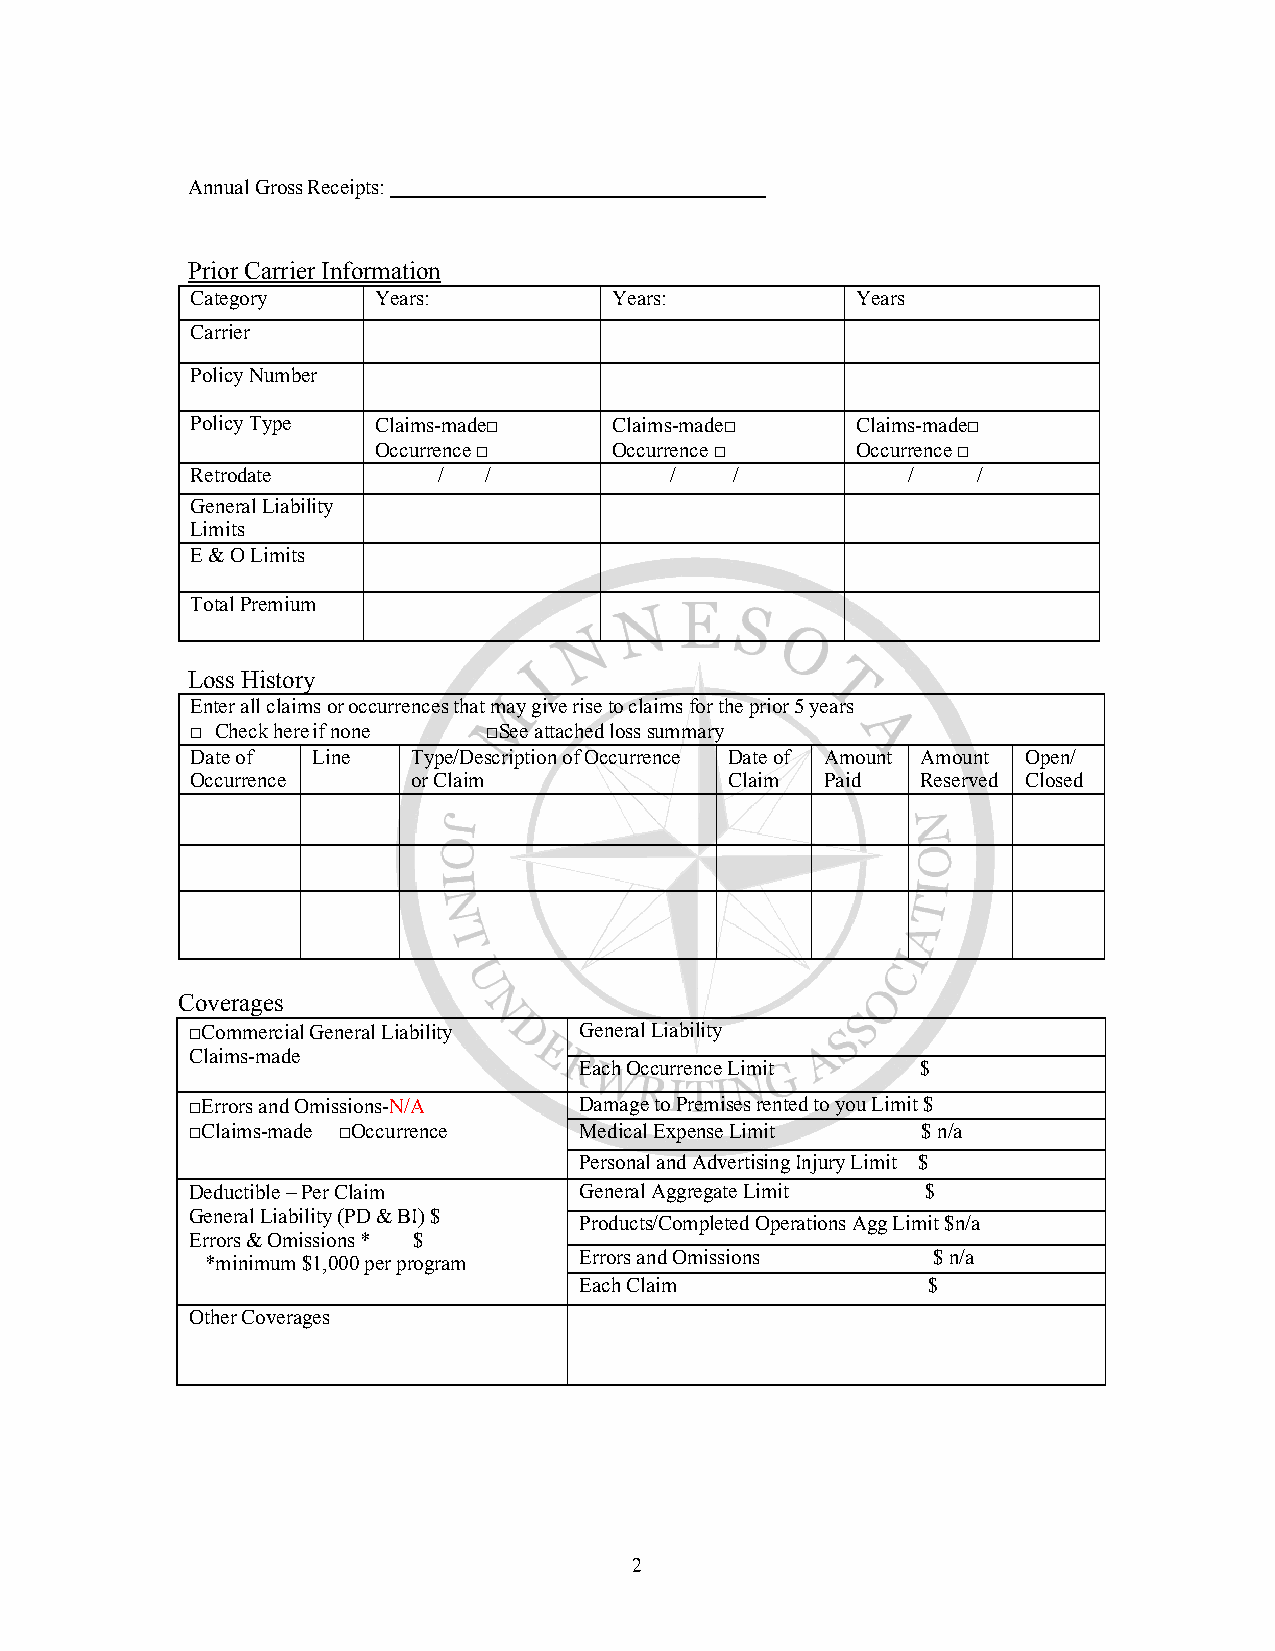
Annual Gross Receipts:
 Prior Carrier Information
 Category    Years:          Years:          Years
 Carrier
 Policy Number
 Policy Type Claims-made□    Claims-made□    Claims-made□
 Occurrence □    Occurrence □    Occurrence □
 Retrodate       /  /           /    /          /    /
 General Liability
 Limits
 E & O Limits
 Total Premium
 Loss History
 Enter all claims or occurrences that may give rise to claims for the prior 5 years
 □ Check here if none □See attached loss summary
 Date of Line  Type/Description of Occurrence Date of Amount Amount Open/
 Occurrence    or Claim             Claim  Paid  Reserved Closed
 Coverages
 □Commercial General Liability General Liability
 Claims-made
 Each Occurrence Limit  $
 □Errors and Omissions-N/A Damage to Premises rented to you Limit $
 □Claims-made □Occurrence  Medical Expense Limit  $ n/a
 Personal and Advertising Injury Limit $
 Deductible – Per Claim    General Aggregate Limit $
 General Liability (PD & BI) $
 Products/Completed Operations Agg Limit $n/a
 Errors & Omissions * $
 *minimum $1,000 per program Errors and Omissions $ n/a
 Each Claim             $
 Other Coverages
 2